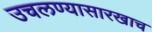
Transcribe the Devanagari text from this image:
उचलण्यासारखाच